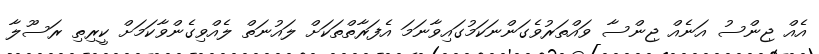
އެއް ޖިންސު އަނެއް ޖިންސާ ވައްތަރުވެގަންނަކަމުގައިވާނަމަ އެފަރާތްތަކަށް ލައުނަތް ލެއްވިގެންވާކަމަށް ކީރިތި ރަސޫލާ